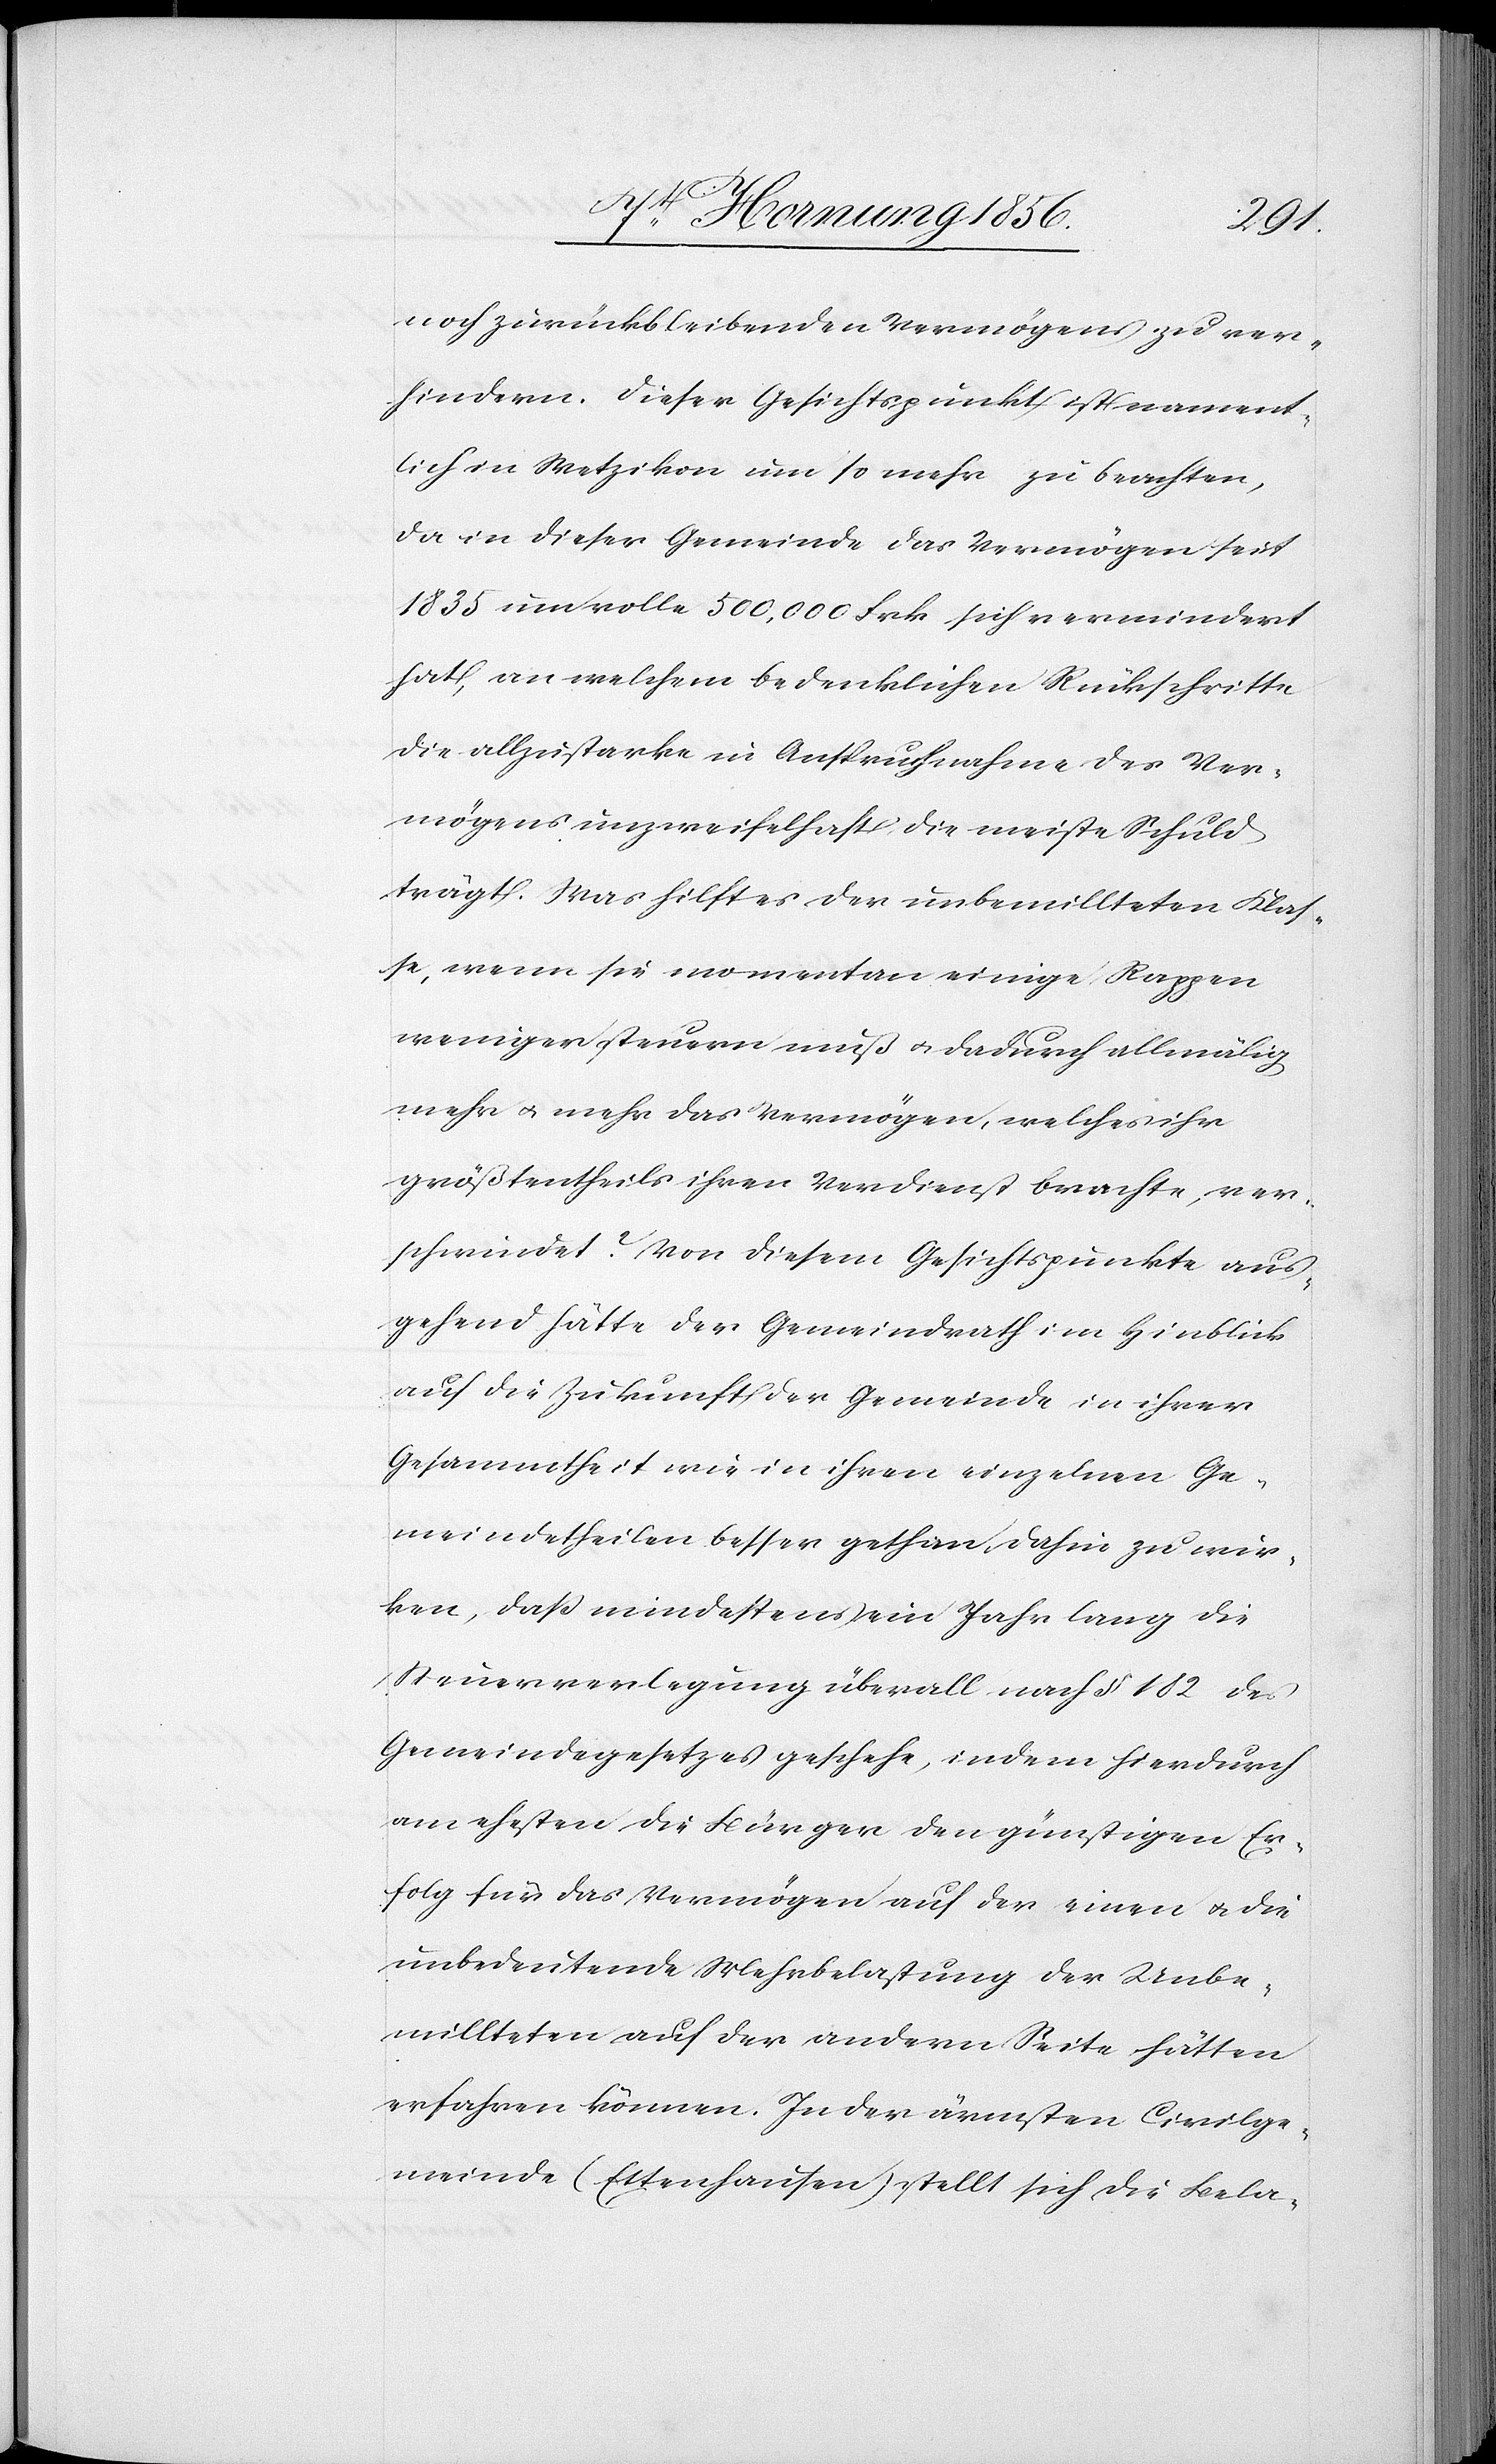
noch zurückbleibenden Vermögens zu ver¬
hindern. Dieser Gesichtspunkt ist nament¬
lich in Wetzikon um so mehr zu beachten,
da in dieser Gemeinde das Vermögen seit
1835 um volle 500,000 Frk sich vermindert
hat, an welchem bedenklichen Rückschritte
die allzustarke in Anspruchnahme des Ver¬
mögens unzweifelhaft die meiste Schuld
trägt. Was hilft es der unbemittelten Klas¬
se, wenn sie momentan einige Rappen
weniger steuern muß u. dadurch allmälig
mehr u. mehr das Vermögen, welches ihr
größtentheils ihren Verdienst brachte, ver¬
schwindet. Von diesem Gesichtspunkte aus¬
gehend hätte der Gemeindrath im Hinblick
auf die Zukunft der Gemeinde in ihrer
Gesammtheit wie in ihren einzelnen Ge¬
meindetheilen besser gethan, dahin zu wir¬
ken, daß mindestens ein Jahr lang die
Steuerverlegung überall nach § 182 des
Gemeindegesetzes geschehe, indem hierdurch
am ehesten die Bürger den günstigen Er¬
folg für das Vermögen auf der einen u. die
unbedeutende Mehrbelastung der Unbe¬
mittelten auf der andern Seite hätten
erfahren können. In der ärmsten Civilge¬
meinde (Ettenhausen) stellt sich die Bela-